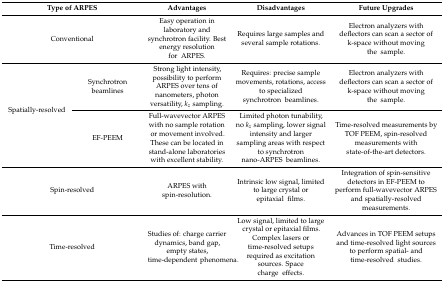
| <COLSPAN=2> Type of ARPES | Advantages | Disadvantages | Future Upgrades |
 | --- | --- | --- | --- | --- |
 | <COLSPAN=2> Conventional | Easy operation in laboratory and synchrotron facility. Best energy resolution for ARPES. | Requires large samples and several sample rotations. | Electron analyzers with deflectors can scan a sector of k-space without moving the sample. |
 | <ROWSPAN=2> Spatially-resolved | Synchrotron beamlines | Strong light intensity, possibility to perform ARPES over tens of nanometers, photon versatility, kz sampling. | Requires: precise sample movements, rotations, access to specialized synchrotron beamlines. | Electron analyzers with deflectors can scan a sector of k-space without moving the sample. |
 | EF-PEEM | Full-wavevector ARPES with no sample rotation or movement involved. These can be located in stand-alone laboratories with excellent stability. | Limited photon tunability, no kz sampling, lower signal intensity and larger sampling areas with respect to synchrotron nano-ARPES beamlines. | Time-resolved measurements by TOF PEEM, spin-resolved measurements with state-of-the-art detectors. |
 | <COLSPAN=2> Spin-resolved | ARPES with spin-resolution. | Intrinsic low signal, limited to large crystal or epitaxial films. | Integration of spin-sensitive detectors in EF-PEEM to perform full-wavevector ARPES and spatially-resolved measurements. |
 | <COLSPAN=2> Time-resolved | Studies of: charge carrier dynamics, band gap, empty states, time-dependent phenomena. | Low signal, limited to large crystal or epitaxial films. Complex lasers or time-resolved setups required as excitation sources. Space charge effects. | Advances in TOF PEEM setups and time-resolved light sources to perform spatial- and time-resolved studies. |